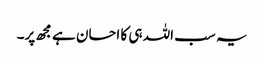
یہ سب اللہ ہی کا احسان ہے مجھ پر۔